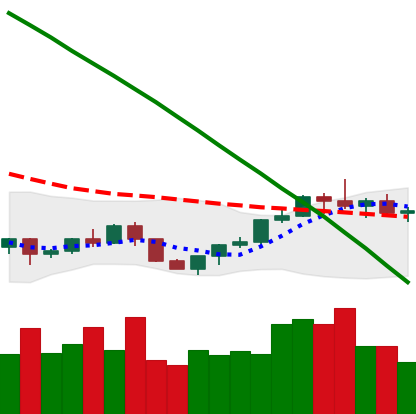
Ticker: LTC-USD
Chart end date: 2022-07-23
Forward return: 12.472%
Label: up_7plus